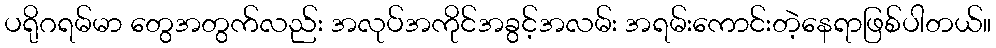
ပရိုဂရမ်မာ တွေအတွက်လည်း အလုပ်အကိုင်အခွင့်အလမ်း အရမ်းကောင်းတဲ့နေရာဖြစ်ပါတယ်။